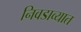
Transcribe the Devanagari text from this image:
निवडाव्यात